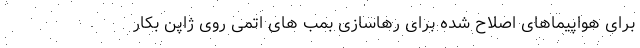
برای هواپیماهای اصلاح شده برای رهاسازی بمب های اتمی روی ژاپن بکار